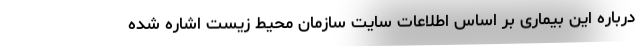
درباره این بیماری بر اساس اطلاعات سایت سازمان محیط زیست اشاره شده